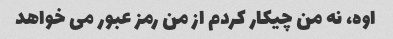
اوه، نه من چیکار کردم از من رمز عبور می خواهد